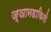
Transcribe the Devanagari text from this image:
ज्ञानडाकिनी